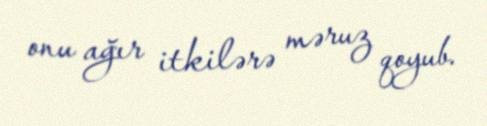
onu ağır itkilərə məruz qoyub.